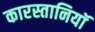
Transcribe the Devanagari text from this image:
कारस्तानियॉ